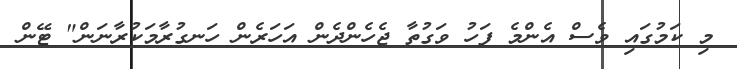
މި ކަމުގައި ވެސް އެންމެ ފަހު ވަގުތާ ޖެހެންދެން އަހަރެން ހަނގުރާމަކުރާނަން" ޓޭން